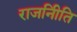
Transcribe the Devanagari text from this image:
राजनीिति